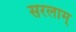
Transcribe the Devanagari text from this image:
सरलाम्